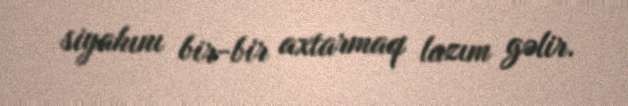
siyahını bir-bir axtarmaq lazım gəlir.